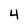
Character: 4